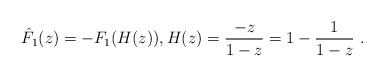
\begin{align*}\hat F_1(z) = -F_1(H(z)), H(z)= \frac{-z}{1-z}=1-\frac1{1-z}\ .\end{align*}